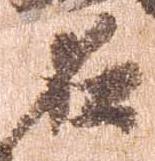
名